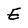
Character: E